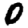
Digit: 0